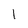
Character: 1